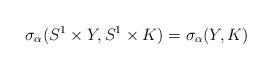
LaTeX: \begin{align*}\sigma_\alpha(S^1 \times Y, S^1 \times K) = \sigma_\alpha(Y,K)\end{align*}